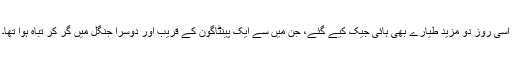
اسی روز دو مزید طیارے بھی ہائی جیک کیے گئے، جن میں سے ایک پینٹاگون کے قریب اور دوسرا جنگل میں گر کر تباہ ہوا تھا۔